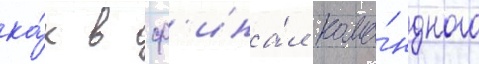
ка́к в ф'ина́л кома́ндного